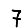
Digit: 7